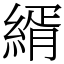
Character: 縃